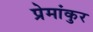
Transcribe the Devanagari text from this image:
प्रेमांकुर